Report on the cholera epidemic of
Year: 1868
Disease focus: Cholera
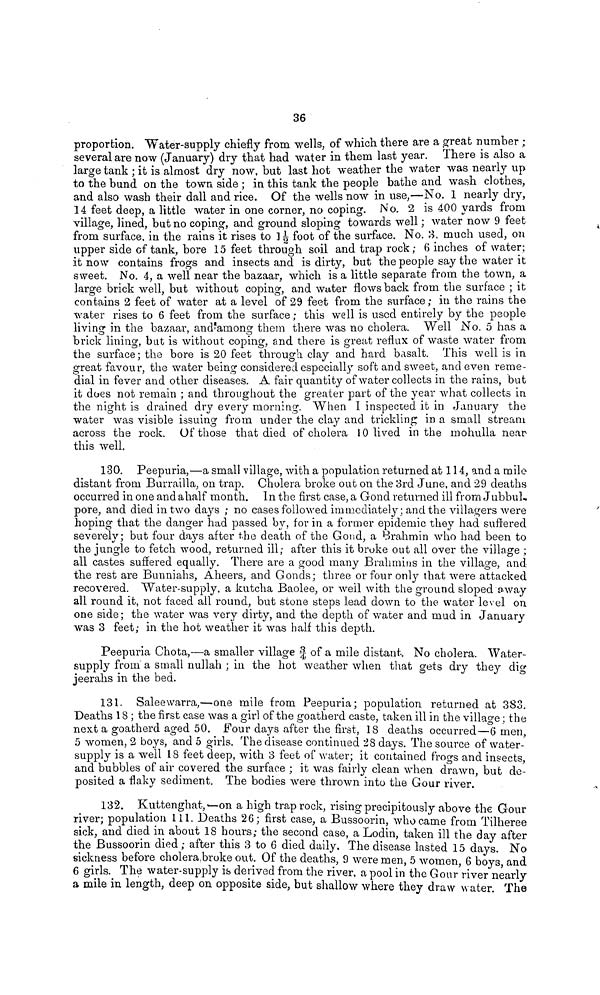
36
proportion. Water-supply chiefly from wells, of which there are a great number ;
several are now (January) dry that had water in them last year. There is also a
large tank ; it is almost dry now, but last hot weather the water was nearly up
to the bund on the town side ; in this tank the people bathe and wash clothes,
and also wash their dall and rice. Of the wells now in use,—No. 1 nearly dry,
14 feet deep, a little water in one corner, no coping. No. 2 is 400 yards from
village, lined, but no coping, and ground sloping towards well ; water now 9 feet
from surface, in the rains it rises to 1½ foot of the surface. No. 3, much used, on
upper side of tank, bore 15 feet through soil and trap rock; 6 inches of water;
it now contains frogs and insects and is dirty, but the people say the water it
sweet. No. 4, a well near the bazaar, which is a little separate from the town, a
large brick well, but without coping, and water flows back from the surface ; it
contains 2 feet of water at a level of 29 feet from the surface; in the rains the
water rises to 6 feet from the surface ; this well is used entirely by the people
living in the bazaar, and among them there was no cholera. Well No. 5 has a
brick lining, bat is without coping, and there is great reflux of waste water from
the surface; the bore is 20 feet through clay and hard basalt. This well is in
great favour, the water being considered especially soft and sweet, and even reme-
dial in fever and other diseases. A fair quantity of water collects in the rains, but
it does not remain ; and throughout the greater part of the year what collects in
the night is drained dry every morning. When 1 inspected it in January the
water was visible issuing from under the clay and trickling in a small stream
across the rock. Of those that died of cholera 10 lived in the mohulla near
this well.
130. Peepuria,—a small village, with a population returned at 114, and a mile
distant from Burrailla, on trap. Cholera broke out on the 3rd June, and 29 deaths
occurred in one and a half month. In the first case, a Gond returned ill from JubbuL.
pore, and died in two days ; no cases followed immediately; and the villagers were
hoping that the danger had passed by, for in a former epidemic they had suffered
severely; but four days after the death of the Gond, a Brahmin who had been to
the jungle to fetch wood, returned ill; after this it broke out all over the village ;
all castes suffered equally. There are a good many Brahmins in the village, and
the rest are Bunniahs, Aheers, and Gonds; three or four only that were attacked
recovered. Water-supply, a kutcha Baolee, or well with the ground sloped a way
all round it, not faced all round, but stone steps lead down to the water level on
one side ; the water was very dirty, and the depth of water and mud in January
was 3 feet; in the hot weather it was half this depth.
Peepuria Chota,—a smaller village ¾ of a mile distant. No cholera. Water-
supply from a small nullah ; in the hot weather when that gets dry they dig
jeerahs in the bed.
131. Saleewarra,—one mile from Peepuria; population returned at 383.
Deaths 18 ; the first case was a girl of the goatherd caste, taken ill in the village : the
next a goatherd aged 50. Four days after the first, 18 deaths occurred—6 men,
5 women, 2 boys, and 5 girls. The disease continued 28 days. The source of water-
supply is a well 18 feet deep, with 3 feet of water; it contained frogs and insects
and bubbles of air covered the surface ; it was fairly clean when drawn, but de-
posited a flaky sediment. The bodies were thrown into the Gour river.
132. Kuttenghat,— on a high trap rock, rising precipitously above the Gour
river; population 111. Deaths 26; first case, a Bussoorin, who came from Tilheree
sick, and died in about 18 hours; the second case, a Lodin, taken ill the day after
the Bussoorin died ; after this 3 to 6 died daily. The disease lasted 15 days. No
sickness before cholera broke out. Of the deaths, 9 were men, 5 women, 6 boys, and
6 girls. The water-supply is derived from the river, a pool in the Gour river nearly
a mile in length, deep on opposite side, but shallow where they draw water. The